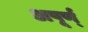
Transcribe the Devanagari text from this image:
अपूर्ण्‌